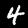
Digit: 4